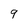
Character: 9